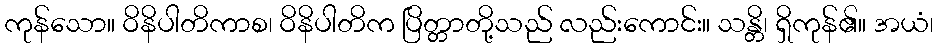
ကုန်သော။ ဝိနိပါတိကာစ၊ ဝိနိပါတိက ပြိတ္တာတို့သည် လည်းကောင်း။ သန္တိ၊ ရှိကုန်၏။ အယံ၊